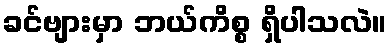
ခင်ဗျားမှာ ဘယ်ကိစ္စ ရှိပါသလဲ။